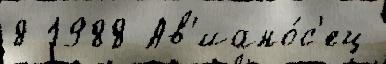
8 1988 Ав'иано́с'ец